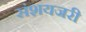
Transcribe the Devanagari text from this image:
संशयजरी